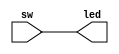
`timescale 1ns / 1ps
//////////////////////////////////////////////////////////////////////////////////
// Company: 
// Engineer: 
// 
// Design Name: 
// Module Name: top
// Project Name: 
// Target Devices: 
// Tool Versions: 
// Description: 
// 
// Dependencies: 
// 
// Revision:
// Revision 0.01 - File Created
// Additional Comments:
// 
//////////////////////////////////////////////////////////////////////////////////


module top(
input   [7:0] sw,
output  [7:0] led);
assign  led = sw;
endmodule